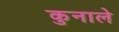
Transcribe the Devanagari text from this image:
कुनाले